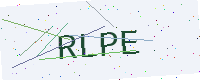
Text: RLPE